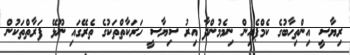
ރިޔާސީ އިންތިހާބުގެ ކެމްޕެއިން ނިމެމުންދާ އިރު ސިޔާސީ ހަރަކާތްތަކުގެ ތެރޭގައި ނޫޅޭ ފަރާތްތަކުން